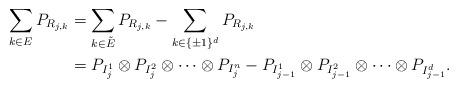
LaTeX: \begin{align*}\sum_{k\in{E}} P_{R_{j,k}}&=\sum_{k\in\tilde{E}} P_{R_{j,k}}-\sum_{k\in\{\pm 1\}^d} P_{R_{j,k}}\\ &=P_{I_{j}^1}\otimes P_{I_{j}^2}\otimes\cdots\otimes P_{I_{j}^n}-P_{I_{j-1}^1}\otimes P_{I_{j-1}^2}\otimes\cdots\otimes P_{I_{j-1}^d}. \end{align*}